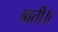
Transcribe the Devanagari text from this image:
बाती॥